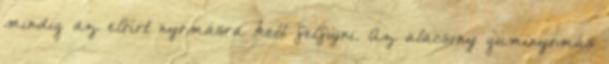
mindig az előírt nyomásra kell felfújni. Az alacsony guminyomás